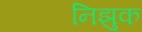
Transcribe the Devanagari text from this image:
निझुक